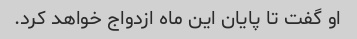
او گفت تا پایان این ماه ازدواج خواهد کرد.